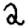
Digit: 2